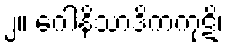
၂။ ဂေါနိသာဒိကကုဋိ၊